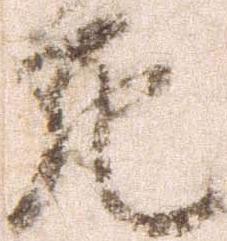
死